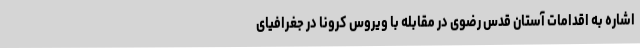
اشاره به اقدامات آستان قدس رضوی در مقابله با ویروس کرونا در جغرافیای